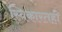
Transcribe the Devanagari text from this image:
स्विकारतही